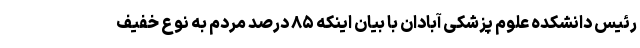
رئیس دانشکده علوم پزشکی آبادان با بیان اینکه ۸۵ درصد مردم به نوع خفیف